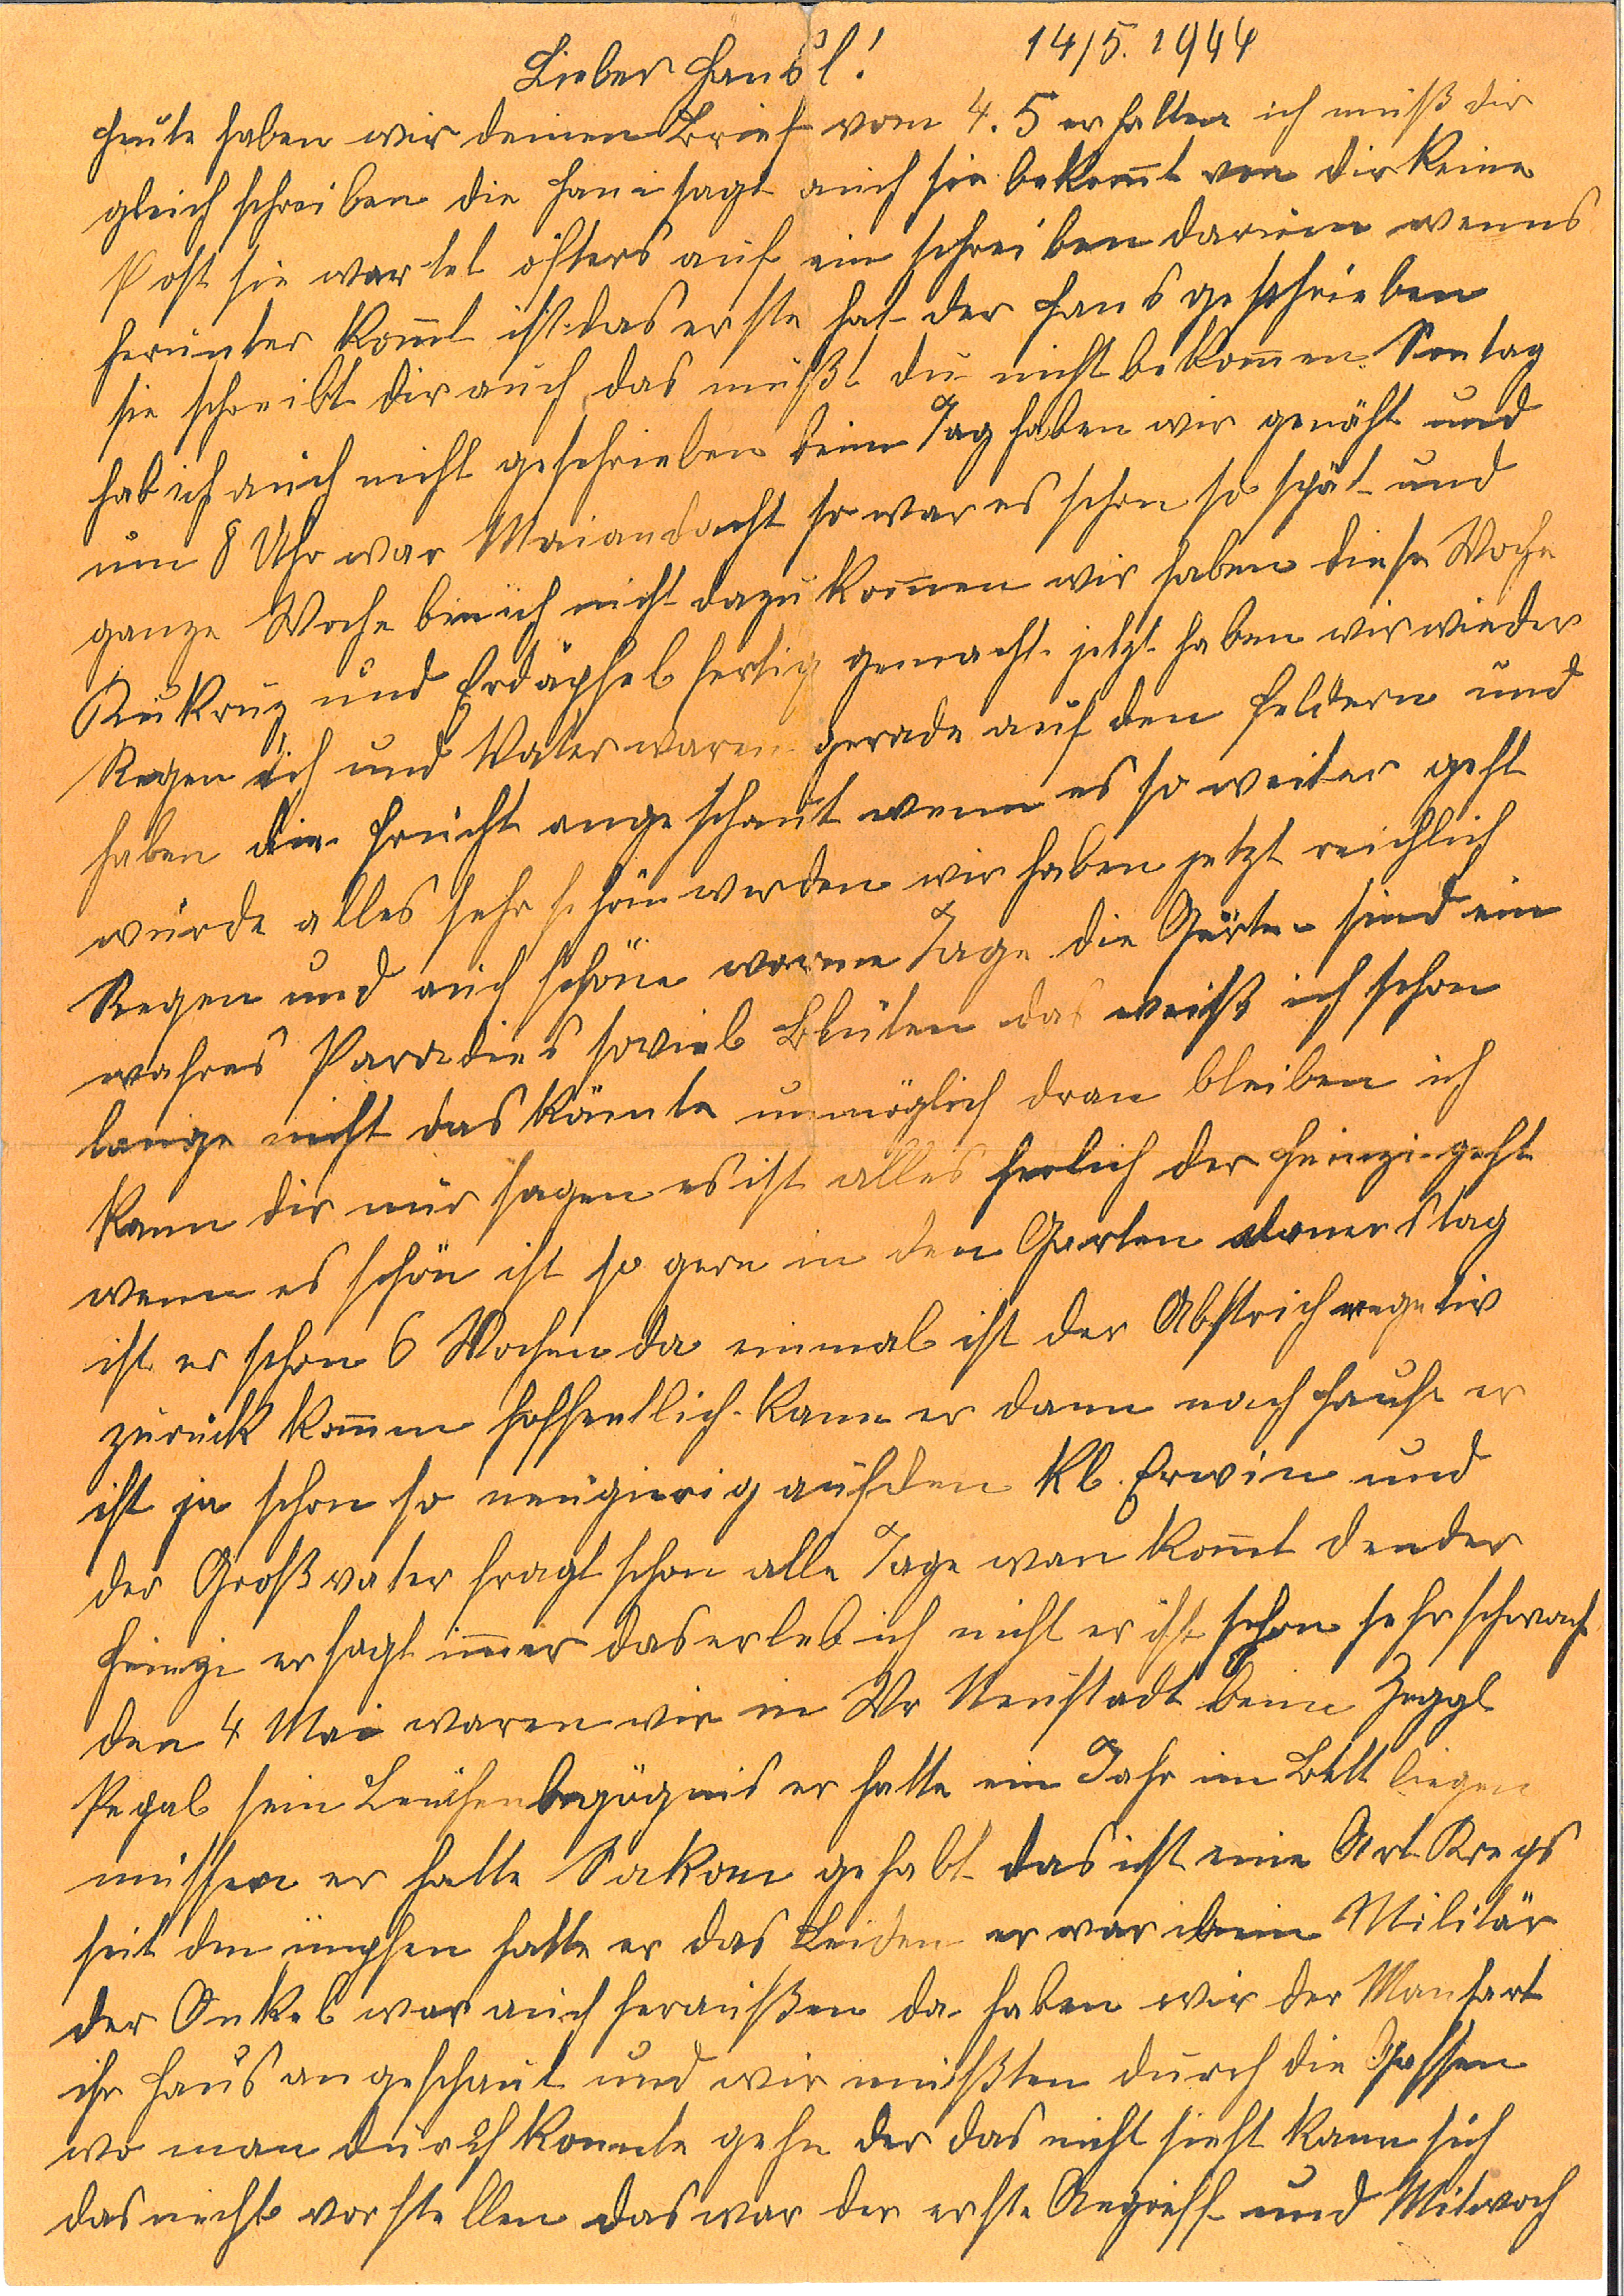
14 / 5. 1944
Lieber Hansl!
Heute haben wir deinen Brief vom 4.5 erhalten ich muß dir
gleich schreiben die Hana sagt auch sie bekommt von dir keine
Post sie wartet öfters auf ein Schreiben darum wenns
herunter kommt ist das erste hat der Hans geschrieben
sie schreibt dir auch, das mußt du nicht bekommen Sontag
hab ich auch nicht geschrieben beim Tag haben wir gemäht und
um 8 Uhr war Maiandacht so war es schon so spät und
ganze Woche bin ich nicht dazu kommen wir haben diese Woche
Kukruz und Erdäpfel fertig gemacht. jetzt haben wir wieder
Regen ich und Vater waren gerade auf den Feldern und
haben die Frucht angeschaut wenn es so weiter geht
wird alles sehr schön werden wir haben jetzt reichlich
Regen und auch schöne warme Tage. Die Gärten sind ein
wahres Paradies soviel Blüten das weiß ich schon
lange nicht das könnte unmöglich dran bleiben ich
kann dir nur sagen es ist alles herlich der heinzi geht
wenn es schön ist so gern in den Garten donnerstag
ist er schon 6 Wochen da einmal ist der Abstrich negativ
zurück kommen hoffentlich. Kam er dann noch früher
ist ja schon so neugierig auf den Kl. Erwin und
der Großvater sagt schon alle Tage wan kommt dender
Heinzi er sagt immer das erleb ich nicht er ist schon sehr schwach
den 4 Mai waren wir in Wr Neustadt als beim Zeggl
Peperl sein Leichenbegräpnis er hatte ein Jahr im Bett liegen
müssen er hatte Sakom gehabt. Das ist eine Art Krebs
seit dem impfen hatte er das Leiden. er war beim Militär
der Onkel war auch heraußen da haben wir der Manhart
ihr Haus angeschaut und wir mußten durch die Gassen
wo man durch konnte gehen der das nicht sieht kann sich
das nicht vorstellen das war der erste Angriff und Mitwoch